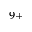
^ { 9 + }